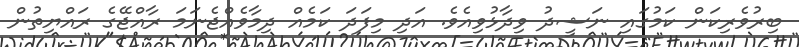
ބިރުވެރިކަން ކަމުގައި ނަޝީދު ވިދާޅުވިއެވެ. އަދި މިފަދަ ކަމެއް ދިމާވެއްޖެނަމަ ރާއްޖޭގެ ރައްޔިތުން